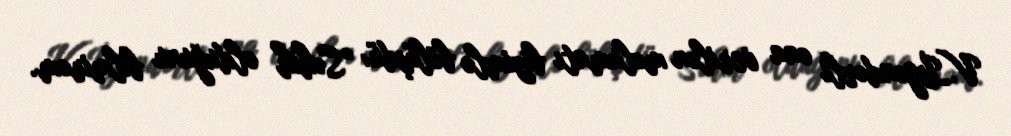
V.İsgəndərli ona verilən məlumatı bizimlə bölüşdü: “Səhih olduğunu bilmirəm.